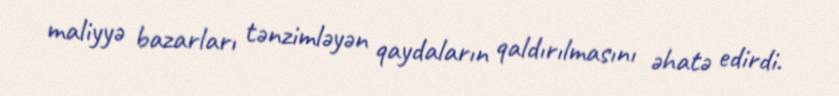
maliyyə bazarları tənzimləyən qaydaların qaldırılmasını əhatə edirdi.